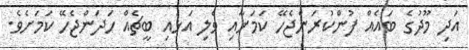
އަދި މޫދުގެ ބައެއް ފުންކުރަންޖެހޭ ކަަމަށާއި ވެލި އަޅައި ބީޗެއް ހަދަންޖެހޭ ކަމަށެވެ.